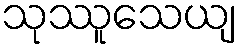
သုဿူသေယျ